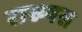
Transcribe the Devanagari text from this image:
राख्षस